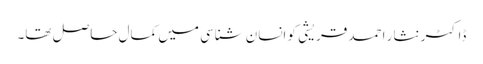
ڈاکٹر نثار احمد قریشی کو انسان شناسی میں کمال حاصل تھا۔